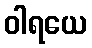
ဝါရယေ